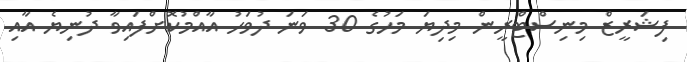
ފިޝަރީޒް މިނިސްޓްރީން މިދިޔަ މަހުގެ 30 ވަނަ ދުވަހު އާއްމުކޮށްފައިވާ ދުނިޔެ އާއި